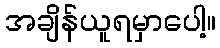
အချိန်ယူရမှာပေါ့။